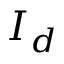
I _ { d }